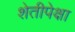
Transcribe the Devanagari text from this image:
शेतीपेक्षा